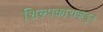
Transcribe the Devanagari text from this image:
शिल्पकाराकडून